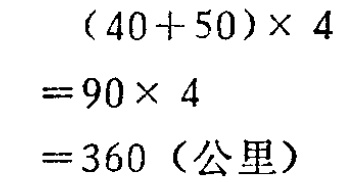
\[

\begin{align*}

&(40 + 50)\times4\\

=&90\times4\\

=&360（公里）

\end{align*}

\]